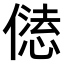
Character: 𠎢